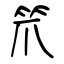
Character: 笊